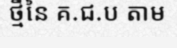
ថ្មីនៃ គ.ជ.ប តាម